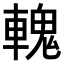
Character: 𨍹